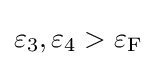
\varepsilon _{3},\varepsilon _{4}>\varepsilon _{\rm {F}}